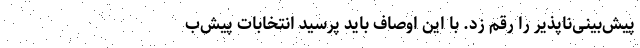
پیش‌بینی‌ناپذیر را رقم زد. با این اوصاف باید پرسید انتخابات پیش‌ب